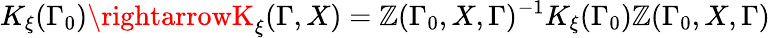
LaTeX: K_{\xi}(\Gamma_{0})\rightarrowK_{\xi}(\Gamma,X)=\mathbb{Z}(\Gamma_{0},X,\Gamma)^{-1}K_{\xi}(\Gamma_{0})\mathbb{Z}(\Gamma_{0},X,\Gamma)